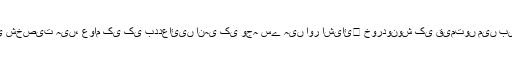
آج ہونے والی مہنگائی کی ذمہ دار وہی شخصیت ہیں، عوام کی کی بددعائیں انہی کی وجہ سے ہیں اور اشیائ￿ خوردونوش کی قیمتوں میں بیپناہ اضافے کی وجہ بھی وہی ہیں۔